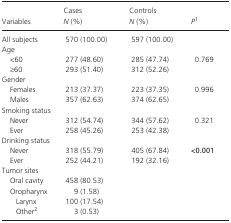
| Variables | Cases N (%) | Controls N (%) | Pa |
 | --- | --- | --- | --- |
 | All subjects | 570 (100.00) | 597 (100.00) |  |
 | <COLSPAN=4> Age |
 | <60 | 277 (48.60) | 285 (47.74) | <ROWSPAN=2> 0.769 |
 | ≥60 | 293 (51.40) | 312 (52.26) |
 | <COLSPAN=4> Gender |
 | Females | 213 (37.37) | 223 (37.35) | <ROWSPAN=2> 0.996 |
 | Males | 357 (62.63) | 374 (62.65) |
 | <COLSPAN=4> Smoking status |
 | Never | 312 (54.74) | 344 (57.62) | <ROWSPAN=2> 0.321 |
 | Ever | 258 (45.26) | 253 (42.38) |
 | <COLSPAN=4> Drinking status |
 | Never | 318 (55.79) | 405 (67.84) | <ROWSPAN=2> <0.001 |
 | Ever | 252 (44.21) | 192 (32.16) |
 | <COLSPAN=4> Tumor sites |
 | Oral cavity | 458 (80.53) |  |  |
 | Oropharynx | 9 (1.58) |  |  |
 | Larynx | 100 (17.54) |  |  |
 | Otherb | 3 (0.53) |  |  |